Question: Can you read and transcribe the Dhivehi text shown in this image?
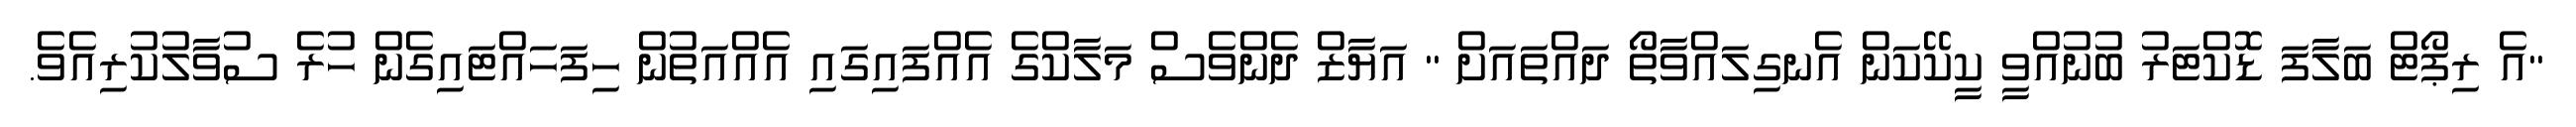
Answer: "އެ ރިޕޯޓް ބަލާފަ ޑޮކްޓަރު ބުނުއްވީ ކީކޭކަން އެނގިލައްވާތޯ ދައްތައަށް " އަޔާޒް ދެންވެސް މަލާކްގެ އެއްފައިގައި އެއްއަތުން ހިފަހައްޓައިގެން ހުރެ ސުވާލުކުރިއެވެ.